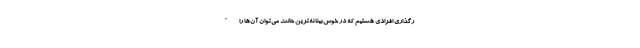
رگذاری افرادی هستیم که در خوش‌بینانه‌ترین حالت می‌توان آن‌ها را "